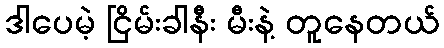
ဒါပေမဲ့ ငြိမ်းခါနီး မီးနဲ့ တူနေတယ်